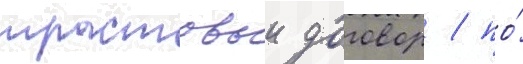
трастовыи договор / по́